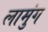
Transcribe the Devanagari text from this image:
लामुंग